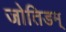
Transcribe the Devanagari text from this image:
जोतिडम्